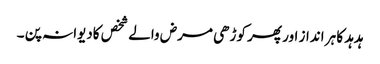
ہدہد کا ہر انداز اور پھر کوڑھی مرض والے شخص کادیوانہ پن ۔